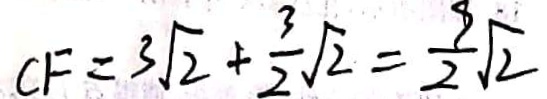
C F = 3 \sqrt { 2 } + \frac { 3 } { 2 } \sqrt { 2 } = \frac { 9 } { 2 } \sqrt { 2 }